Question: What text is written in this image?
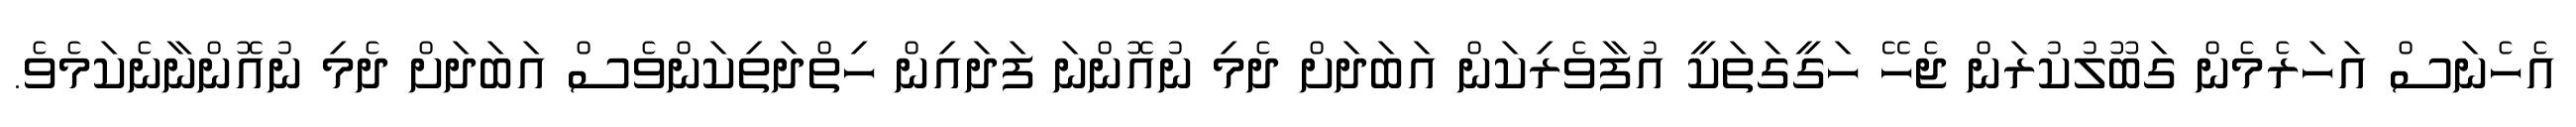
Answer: އެހެނަސް އަހަރެމެން ގަބޫލުކުރަން ޖެހޭ ހަގީގަތަކީ އުފާވެރިކަން އަބަދަށް ދެމި ނުއޮންނަ ފަދައިން ހިތްދަތިކަންވެސް އަބަދަށް ދެމި ނުއޮންނާނެކަމެވެ.